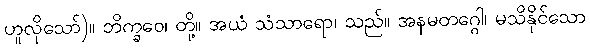
ဟူလိုသော်)။ ဘိက္ခဝေ၊ တို့။ အယံ သံသာရော၊ သည်။ အနမတဂ္ဂေါ၊ မသိနိုင်သော